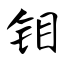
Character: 钼